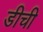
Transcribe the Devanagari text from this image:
डीची